Report on the working of the Ranchi Indian Mental Hospital, Kanke, in Bihar and Orissa - 1930-1940
Year: 1930
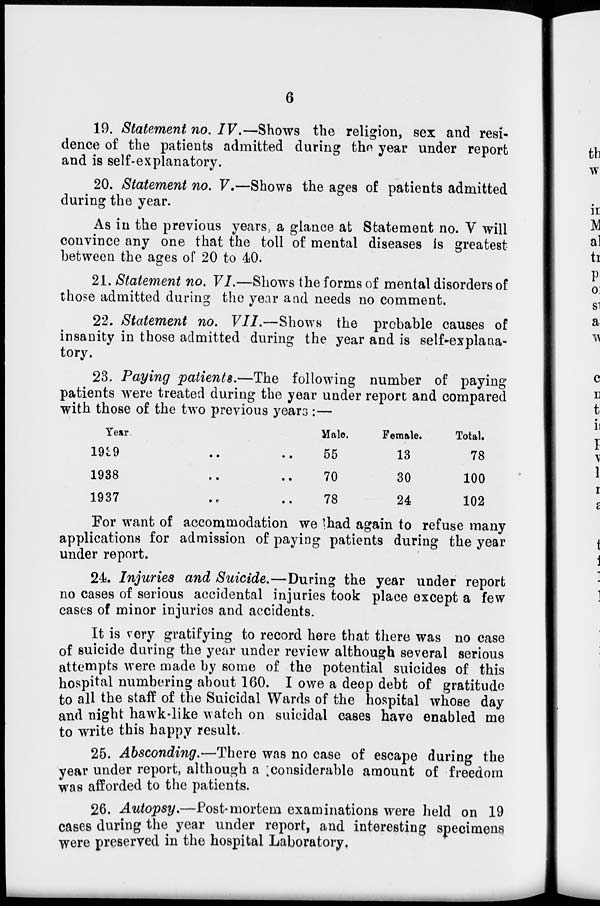
6
19. Statement no. IV.—Shows the religion, sex and resi-
dence of the patients admitted during the year under report
and is self-explanatory.
20. Statement no. V.—Shows the ages of patients admitted
during the year.
As in the previous years, a glance at Statement no. V will
convince any one that the toll of mental diseases is greatest
between the ages of 20 to 40.
21. Statement no. VI.—Shows the forms of mental disorders of
those admitted during the year and needs no comment.
22. Statement no. VII.—Shows the probable causes of
insanity in those admitted during the year and is self-explana-
tory.
23. Paying patients.—The following number of paying
patients were treated during the year under report and compared
with those of the two previous years :—
Year.
1939
..
..
1938 .. ..
1937 .. ..
Male.
55
70
78
Female.
13
30
24
Total.
78
100
102
For want of accommodation we had again to refuse many
applications for admission of paying patients during the year
under report.
24. Injuries and Suicide.—During the year under report
no cases of serious accidental injuries took place except a few
cases of minor injuries and accidents.
It is very gratifying to record here that there was no case
of suicide during the year under review although several serious
attempts were made by some of the potential suicides of this
hospital numbering about 160. I owe a deep debt of gratitude
to all the staff of the Suicidal Wards of the hospital whose day
and night hawk-like watch on suicidal cases have enabled me
to write this happy result.
25. Absconding.—There was no case of escape during the
year under report, although a considerable amount of freedom
was afforded to the patients.
26. Autopsy.—Post-mortem examinations were held on 19
cases during the year under report, and interesting specimens
were preserved in the hospital Laboratory.